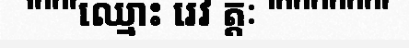
"""ឈ្មោះ រេវ ត្តៈ """""""